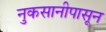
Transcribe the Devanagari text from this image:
नुकसानीपासून